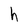
Character: h